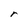
Character: r